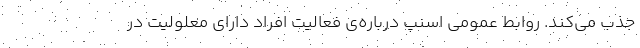
جذب می‌کند. روابط عمومی اسنپ درباره‌ی فعالیت افراد دارای معلولیت در